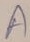
Text: A